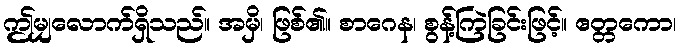
ဤမျှလောက်ရှိသည်။ အမှိ၊ ဖြစ်၏။ စာဂေန၊ စွန့်ကြဲခြင်းဖြင့်။ ဧတ္တကော၊